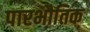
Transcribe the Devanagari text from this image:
पारभौतिक